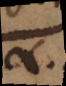
.